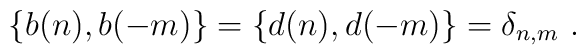
\{ b(n), b(-m) \} =  \{ d(n), d(-m) \} =  \delta_{n,m} \ .